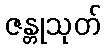
ဇန္တုသုတ်